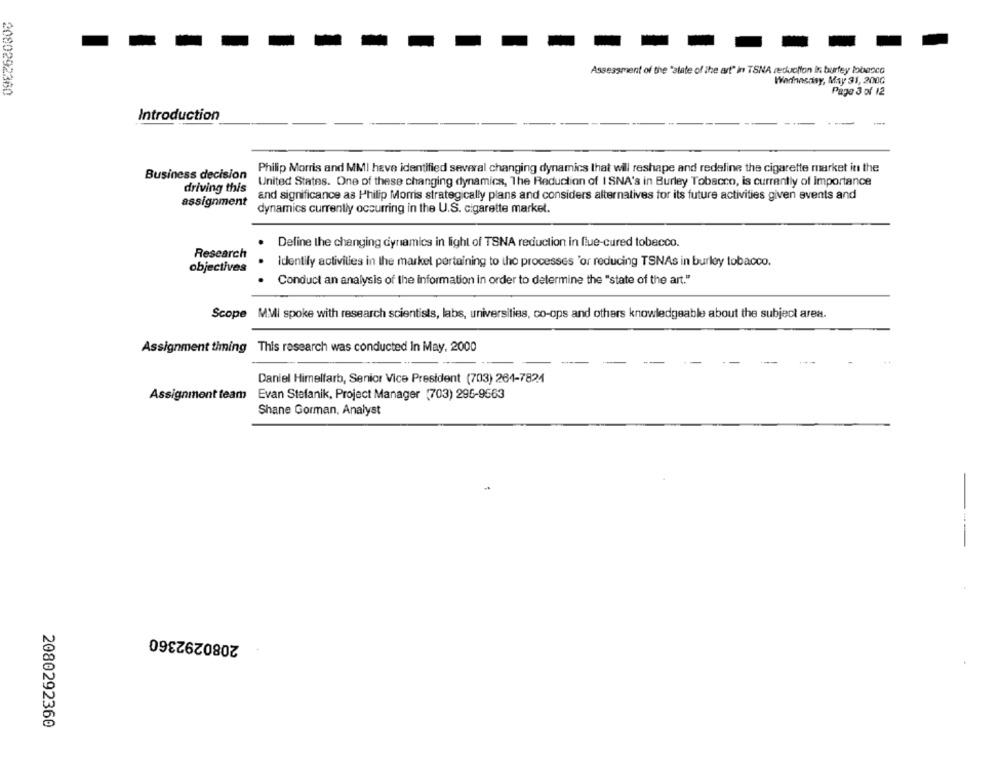
Assessment of the "state of the art" in TSNA reduction In burfey lobanco
Warinnsday, May 31, 200G
2080292360
Page 3 of 12
Introduction
Philip Morris and MMI have identified several changing dynamics that will reshape and redaline the cigarette market in the
Business decision
United States. One of these changing dynamics, The Reduction of I SNA's in Burley Tobacco, is currently of Importance
driving this
and significance as Philip Morris strategically plans and considers alternatives for its future activities given events and
assignment
dynamics currently occurring in the U.S. cigarette market.
Define the changing dynamics in light of TSNA reduction in fiue-cured tobacco.
Research
.
Identify activities in the markel pertaining to the processes 'or reducing TSNAs in burley tobacco.
objectives
. Conduct an analysis of the information in order to determine the "state of the art."
Scope MMI spoke with research scientists, labs, universities, co-ops and others knowledgeable about the subject area.
Assignment thing This research was conducted In May, 2000
Daniel Himmelfarb, Senior Vice President (703) 264-7824
Assignment team Evan Stefanik, Project Manager (703) 295-9563
Shane Gorman, Analyst
2080292360
2080292360